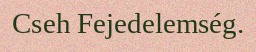
Cseh Fejedelemség.